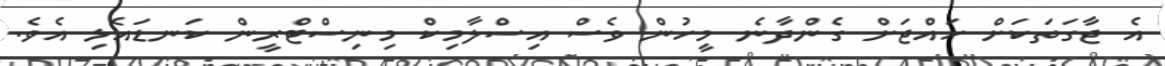
އެ ޖާގަތަކަށް ހައްޖަށް ގެންދާނެ މީހުން ވެސް އިސްލާމިކް މިނިސްޓްރީން ކަނޑައެޅި އެވެ.